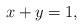
LaTeX: \begin{align*}x+y=1,\end{align*}